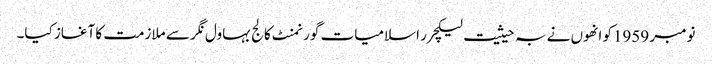
نومبر 1959کو انھوں نے بہ حیثیت لیکچرر اسلامیات گورنمنٹ کالج بہاول نگر سے ملازمت کا آغاز کیا۔